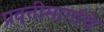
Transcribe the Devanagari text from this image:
प्रवृत्तीमार्गाचे